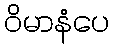
ဝိမာနံပေ